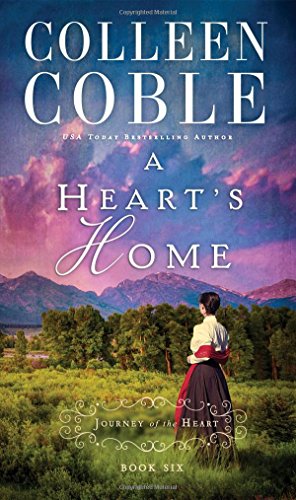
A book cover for A Heart's Home (A Journey of the Heart); Colleen Coble; Romance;